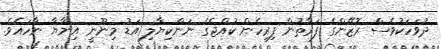
ދުވަހަކުވެސް ރޮޒޭންގެ ފަރާތުން ފިރިހެން ކުއްޖެގެ ނަންކިޔާލި އަޑު މިނޫނީ އިނާޔާ ނާހައެވެ.